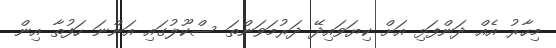
މިހާރު އެއް ދަންފަޅި އަށް ކިޔަވައިދޭ ދަރުމަވަންތަ ސްކޫލުގައި އަންނަ ހަފުތާ އިން